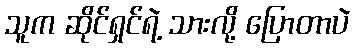
သူက ဆိုင်ရှင်ရဲ့ သားလို့ ပြောတာပဲ